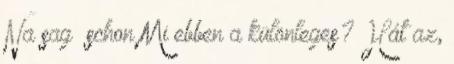
Na sag’ schon Mi ebben a különleges? Hát az,